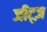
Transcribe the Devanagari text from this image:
जीट्ज़